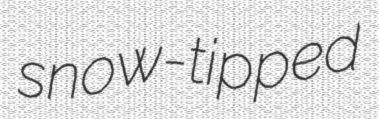
snow-tipped